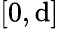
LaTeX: [0,\mathrm{d}]